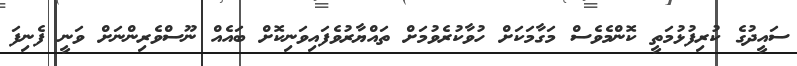
ސައީދުގެ ކުރިފުޅުމަތީ ކޮންމެވެސް މަގާމަކަށް ހުވާކުރެވުމަށް ތައްޔާރުވެފައިވަނިކޮށް ބައެއް ނޫސްވެރިންނަށް ވަނީ ފެނިފަ